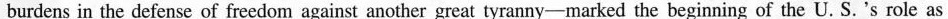
burdens in the defense of freedom against another great tyranny-marked the beginning of the U. S. 's role as